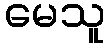
မေသူ